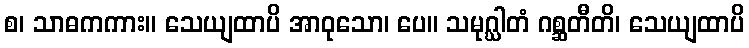
စ၊ သာဓကကား။ သေယျထာပိ အာဝုသော၊ ပေ။ သမုဂ္ဃါတံ ဂစ္ဆတီတိ၊ သေယျထာပိ